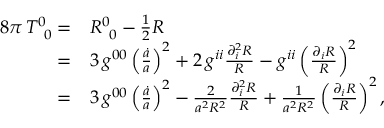
\begin{array} { r l } { 8 \pi \, T _ { \, \, \, 0 } ^ { 0 } = } & { { } R _ { \, \, \, 0 } ^ { 0 } - \frac { 1 } { 2 } R } \\ { = } & { { } 3 \, g ^ { 0 0 } \left( \frac { \dot { a } } { a } \right) ^ { 2 } + 2 \, g ^ { i i } \frac { \partial _ { i } ^ { 2 } R } { R } - g ^ { i i } \left( \frac { \partial _ { i } R } { R } \right) ^ { 2 } } \\ { = } & { { } 3 \, g ^ { 0 0 } \left( \frac { \dot { a } } { a } \right) ^ { 2 } - \frac { 2 } { a ^ { 2 } R ^ { 2 } } \frac { \partial _ { i } ^ { 2 } R } { R } + \frac { 1 } { a ^ { 2 } R ^ { 2 } } \left( \frac { \partial _ { i } R } { R } \right) ^ { 2 } , } \end{array}